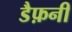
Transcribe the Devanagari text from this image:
डैफ़नी